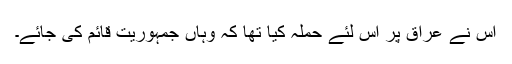
اس نے عراق پر اس لئے حملہ کیا تھا کہ وہاں جمہوریت قائم کی جائے۔